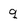
Character: q